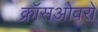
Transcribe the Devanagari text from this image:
क्रॉसओवरों